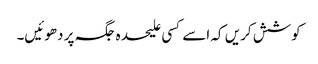
کوشش کریں کہ اسے کسی علیحدہ جگہ پر دھوئیں۔